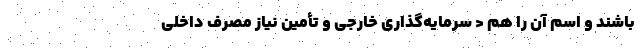
باشند و اسم آن را هم < سرمایه‌گذاری خارجی و تأمین نیاز مصرف داخلی